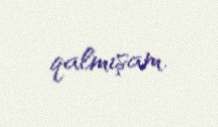
qalmışam.